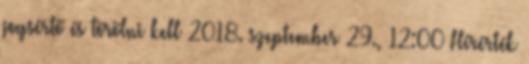
jogsértő és törölni kell 2018. szeptember 29., 12:00 ‎Hírérték